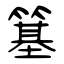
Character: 簊